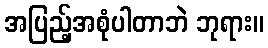
အပြည့်အစုံပါတာဘဲ ဘုရား။